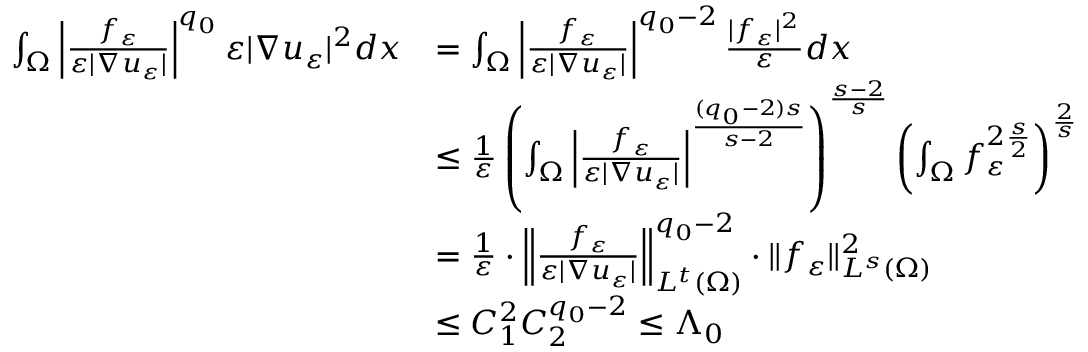
\begin{array} { r l } { \int _ { \Omega } \left| \frac { f _ { \varepsilon } } { \varepsilon | \nabla u _ { \varepsilon } | } \right| ^ { q _ { 0 } } \varepsilon | \nabla u _ { \varepsilon } | ^ { 2 } d x } & { = \int _ { \Omega } \left| \frac { f _ { \varepsilon } } { \varepsilon | \nabla u _ { \varepsilon } | } \right| ^ { q _ { 0 } - 2 } \frac { | f _ { \varepsilon } | ^ { 2 } } { \varepsilon } d x } \\ & { \leq \frac { 1 } { \varepsilon } \left( \int _ { \Omega } \left| \frac { f _ { \varepsilon } } { \varepsilon | \nabla u _ { \varepsilon } | } \right| ^ { \frac { ( q _ { 0 } - 2 ) s } { s - 2 } } \right) ^ { \frac { s - 2 } { s } } \left( \int _ { \Omega } f _ { \varepsilon } ^ { 2 \frac { s } { 2 } } \right) ^ { \frac { 2 } { s } } } \\ & { = \frac { 1 } { \varepsilon } \cdot \left\| \frac { f _ { \varepsilon } } { \varepsilon | \nabla u _ { \varepsilon } | } \right\| _ { L ^ { t } ( \Omega ) } ^ { q _ { 0 } - 2 } \cdot \| f _ { \varepsilon } \| _ { L ^ { s } ( \Omega ) } ^ { 2 } } \\ & { \leq C _ { 1 } ^ { 2 } C _ { 2 } ^ { q _ { 0 } - 2 } \leq \Lambda _ { 0 } } \end{array}